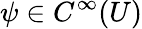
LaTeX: \psi\in C^{\infty}(U)